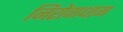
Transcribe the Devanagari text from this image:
निरोगधाम